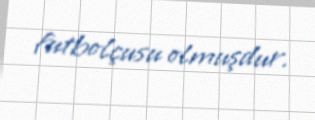
futbolçusu olmuşdur.